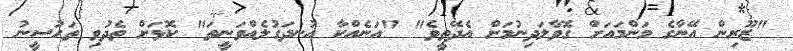
"ޒޫރިން އޭނާގެ މަންމައަށް ގޮވާލަދިނުމަށް އެދޭތީވެ" "އަނެއްކާ އުނދަގުލެއްވަނީތަ" ކޮޅަށް ތެދުވި ތަހުސީނު